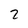
Character: 2